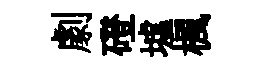
劇磴墟楓